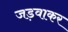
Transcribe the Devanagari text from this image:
जड़वाकर